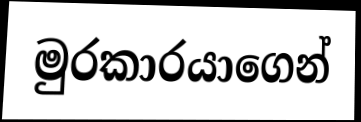
මුරකාරයාගෙන්